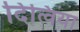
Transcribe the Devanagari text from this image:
दित्विया